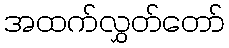
အထက်လွှတ်တော်